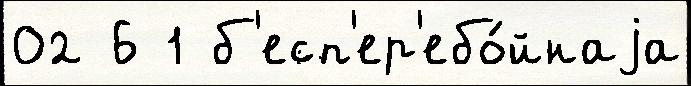
02 6 1 б'есп'ер'ебо́йнаjа